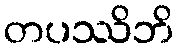
တပဿိဘိ